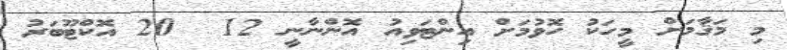
މި މަޤާމަށް މީހަކު ހޮވުމަށް އިންޓަވިއު އޮންނާނީ 12  20 އޮކްޓޫބަރު